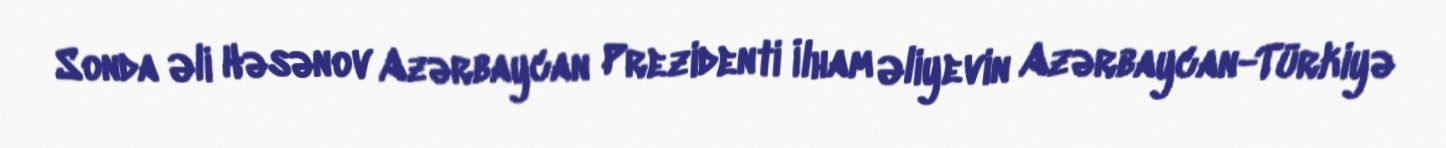
Sonda Əli Həsənov Azərbaycan Prezidenti İlham Əliyevin Azərbaycan-Türkiyə